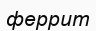
феррит